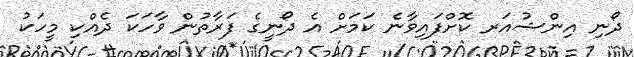
ދޯނި އިންޝުއަރ ކޮށްފައިވާނެ ކަމަށް އެ ދޯނީގެ ފަރާތުން ވާހަކަ ދެއްކި މީހަކު